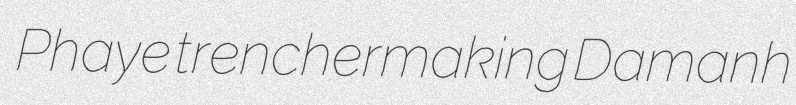
Phaye trenchermaking Damanh